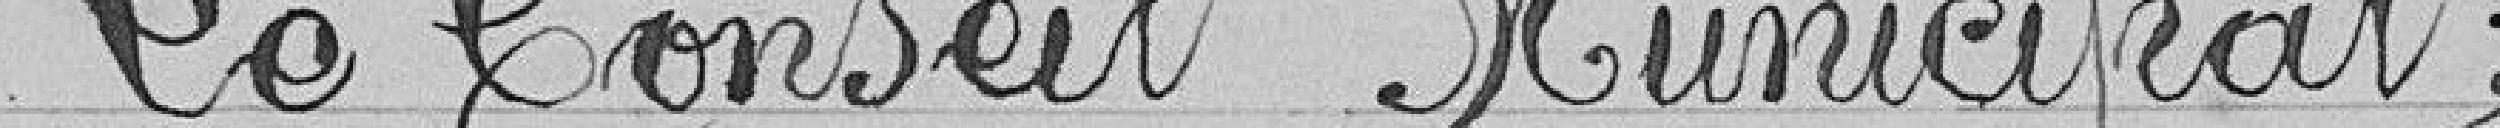
Le Conseil Municipal,